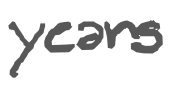
Text: years
Cross-out: clean
Writing tool: digital_gray